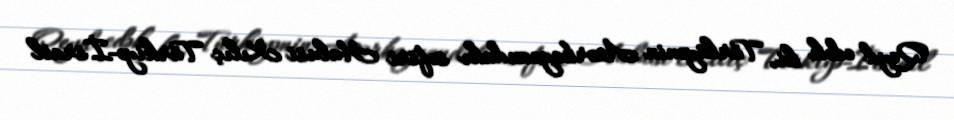
Qeyd edək ki, Türkiyənin Azərbaycandakı səfiri Hulusi Kılıç Türkiyə-İsrail